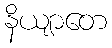
နိယျာတေ